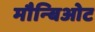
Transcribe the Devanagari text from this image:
मौन्बिओट